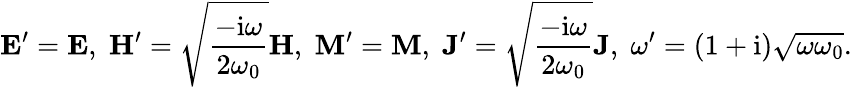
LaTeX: \mathbf{E}^{\prime}=\mathbf{E},\; \mathbf{H}^{\prime}=\sqrt{\frac{-\mathrm{i}\omega}{2\omega_{0}}}\mathbf{H},\; \mathbf{M}^{\prime}=\mathbf{M},\; \mathbf{J}^{\prime}=\sqrt{\frac{-\mathrm{i}\omega}{2\omega_{0}}}\mathbf{J},\; \omega^{\prime}=(1+\mathrm{i})\sqrt{\omega\omega_{0}}.